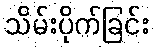
သိမ်းပိုက်ခြင်း